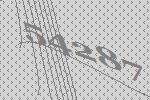
54287